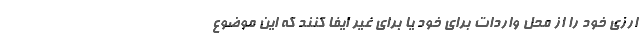
ارزی خود را از محل واردات برای خود یا برای غیر ایفا کنند که این موضوع